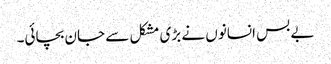
بے بس انسانوں نے بڑی مشکل سے جان بچائی۔